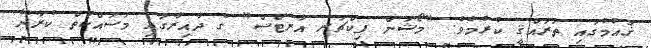
ޤައުމުގައި ތަރައްޤީ ކުރުމެވެ. "މޯޝަން ޕިކްޗަރ އާރޓްސް" ގެ ދާއިރާގައި މަސައްކަތް ކުރާނޭ